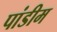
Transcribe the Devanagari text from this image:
पांडीम